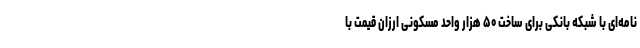
نامه‌ای با شبکه بانکی برای ساخت ۵۰ هزار واحد مسکونی ارزان قیمت با